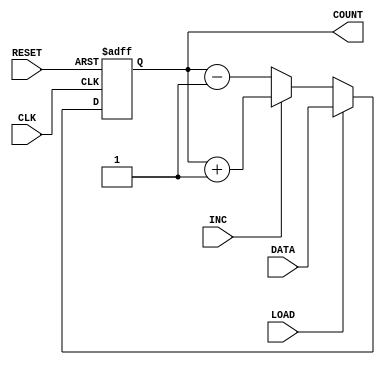
module COUNTER(CLK, RESET, LOAD, DATA, INC, COUNT);
   parameter WIDTH = 1;
   input CLK, RESET, LOAD, INC;
   input [WIDTH-1:0] DATA;
   output [WIDTH-1:0] COUNT;
   reg [WIDTH-1:0] 	  COUNT;

   integer i;

   always @(posedge CLK or posedge RESET) begin
      if(RESET)
         for(i=0;i<=WIDTH-1;i=i+1)
            COUNT[i] <= 0;
      else if(LOAD)
         COUNT <= DATA;
      else if(INC)
         COUNT <= COUNT + 1;
      else 
         COUNT <= COUNT - 1;
   end
   
endmodule